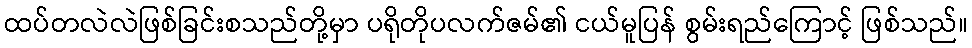
ထပ်တလဲလဲဖြစ်ခြင်းစသည်တို့မှာ ပရိုတိုပလက်ဇမ်၏ ငယ်မူပြန် စွမ်းရည်ကြောင့် ဖြစ်သည်။